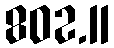
802.11